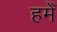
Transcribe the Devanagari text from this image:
हमेँ